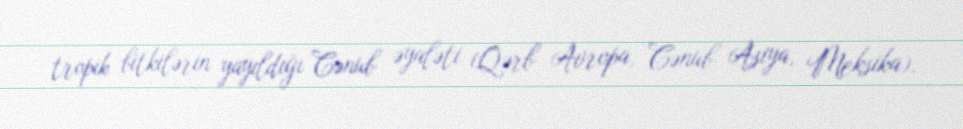
tropik bitkilərin yayıldığı Cənub əyaləti (Qərb Avropa, Cənub Asiya, Meksika).